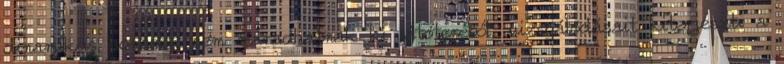
dinamikus vonások sem maradhatnak ki látóteréből, vizsgálódásait kiterjeszti a